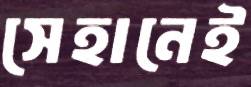
সেহানেই